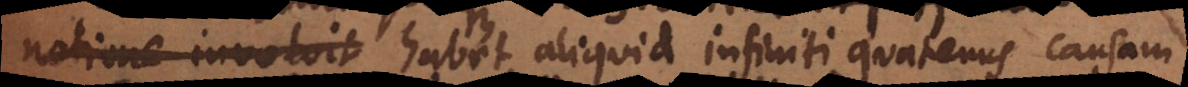
notione involvit habet aliquid infiniti quatenus causam